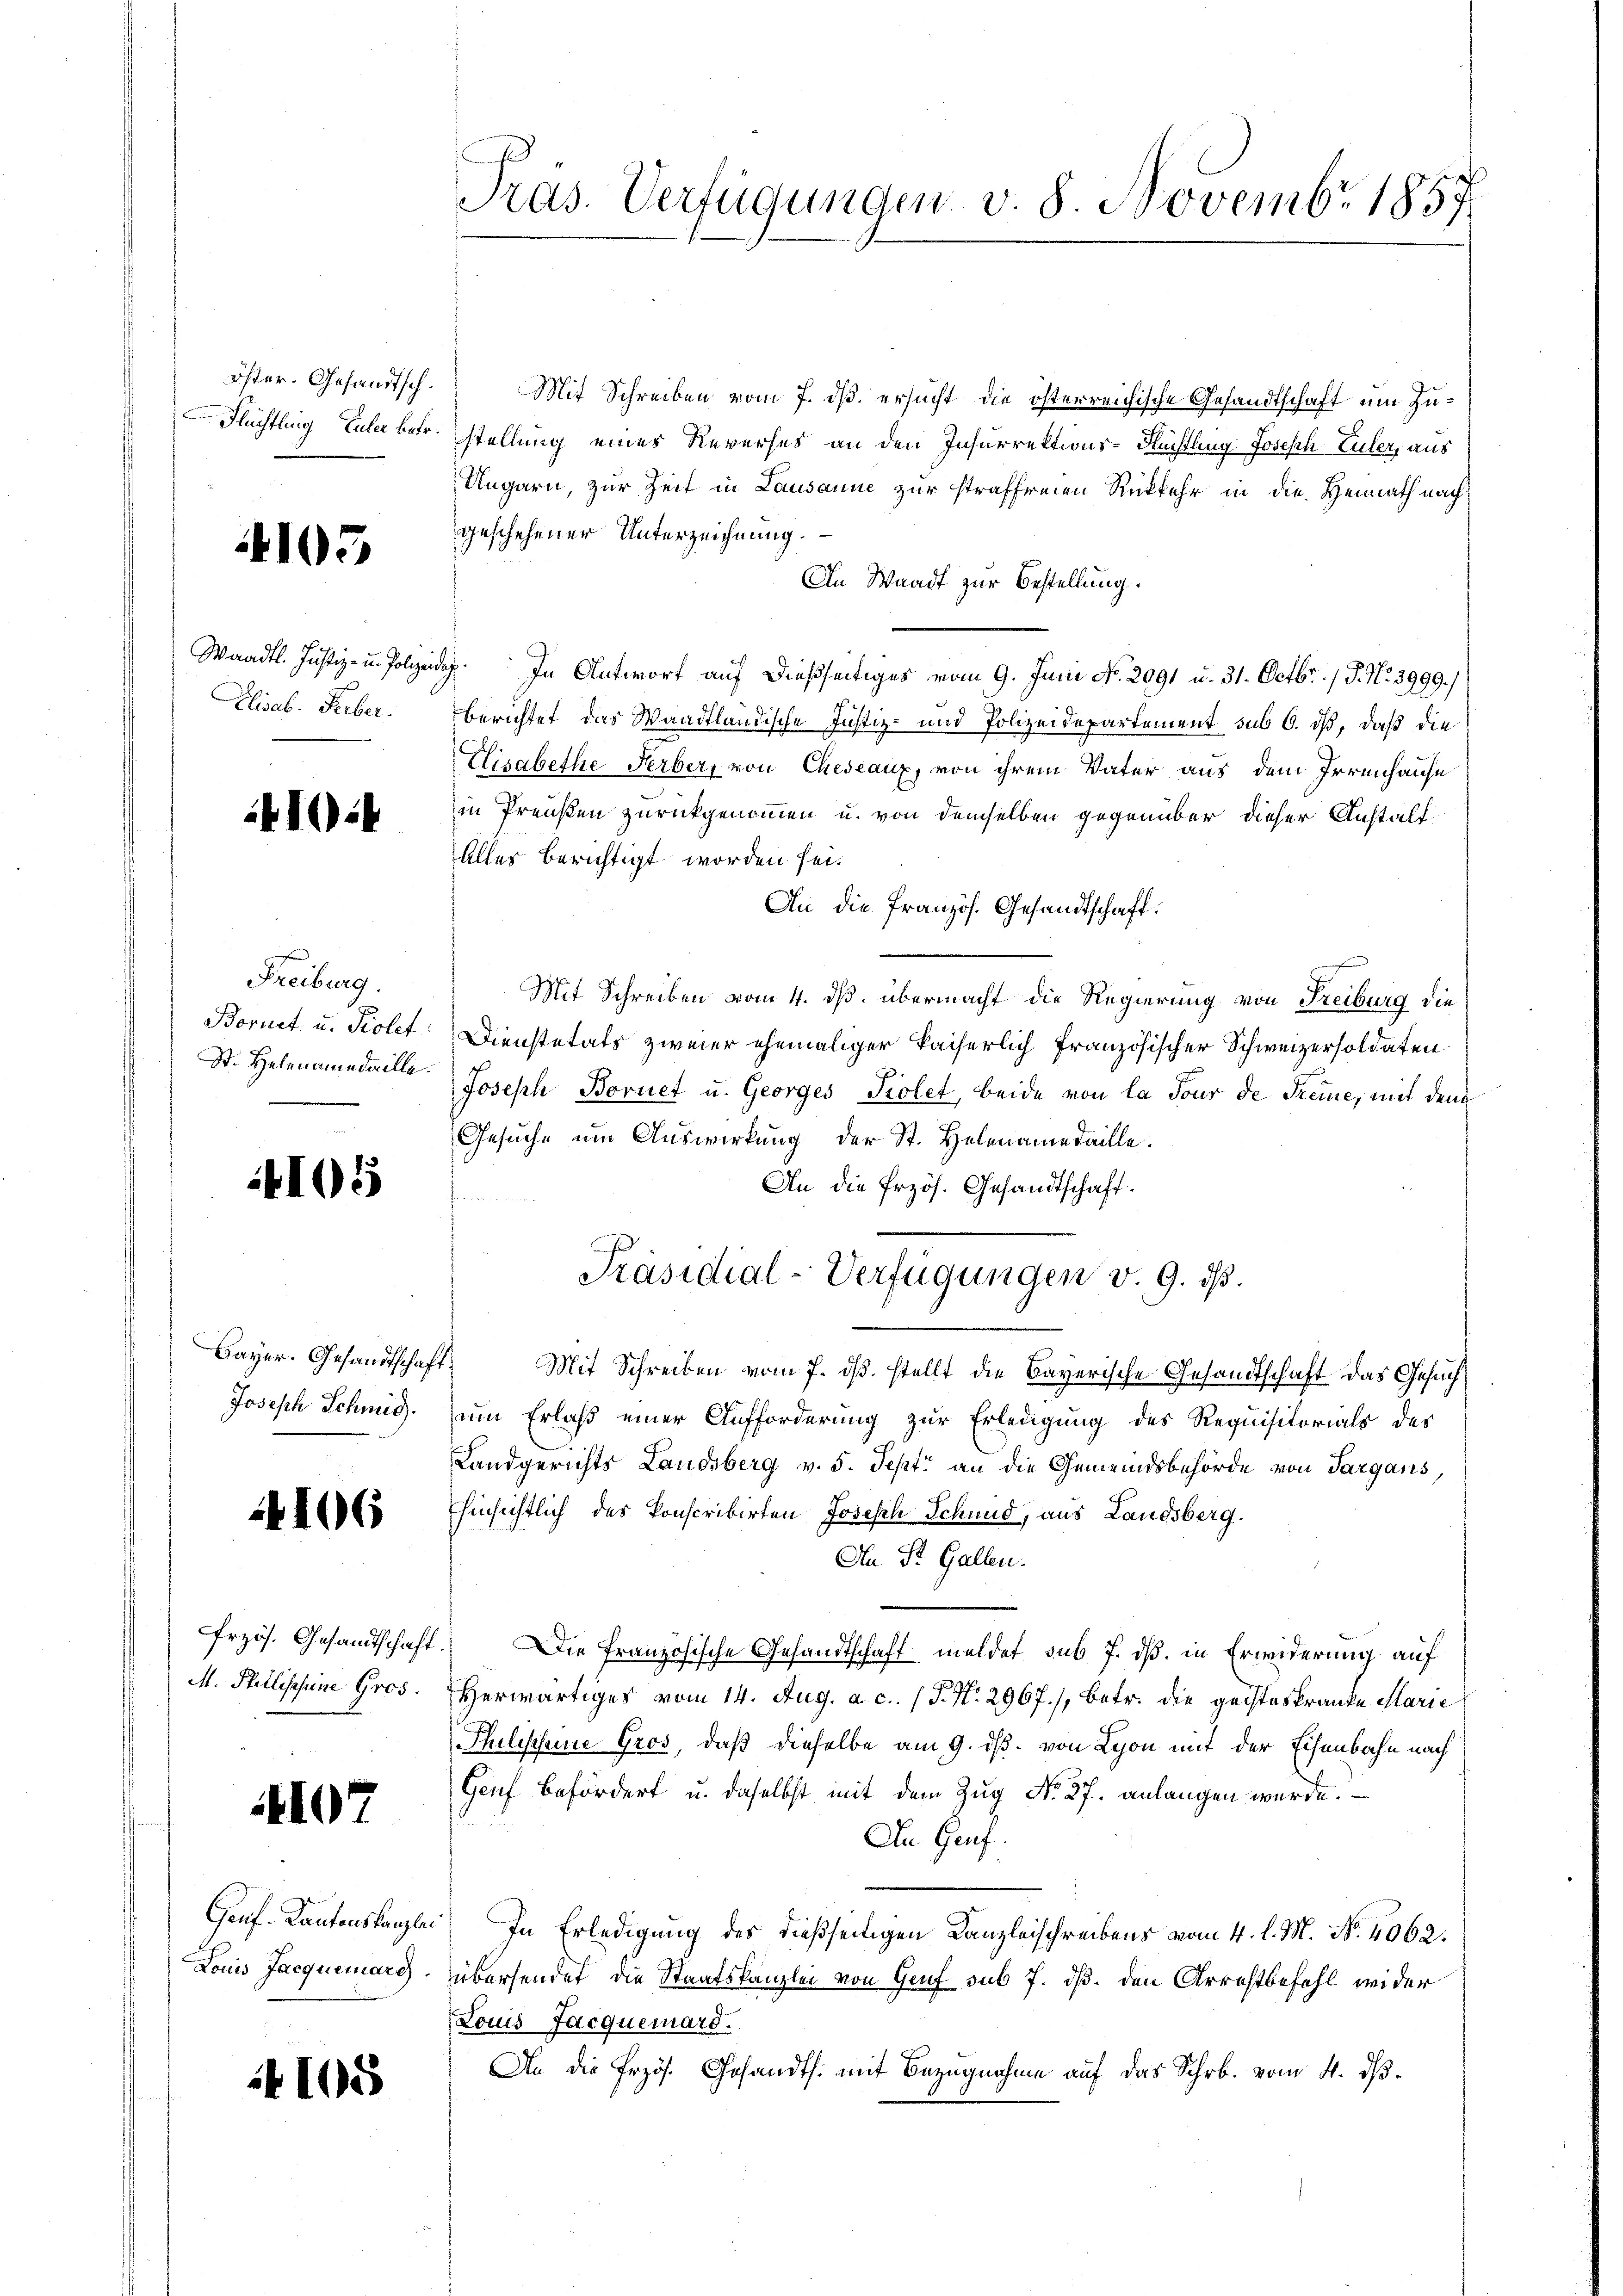
öster. Gesandtsch.
Flüchtling Euler betr.

103

Waadt. Justiz- u. Polize
Elisab. Feber.

41024

Freiburg.
Bornet u. Piolet.
St. Helenamedaille.

4105

Bayer. Gesandtschaft
Joseph Schmid.

106

frzös. Gesandtschaft
M. Philischeine Gros

4107

Ganf-Kantonskanzlei
Louis Jacquerarg

4105

Pras. Verfügungen v. 8 Novemb. 1857

Mit Schreiben vom 7. ds. ersucht die österreichische Gesandtschaft um Zustellung eines Reverses an den Insurrektions-Flüchtling Joseph Zuler, aus
Ungarn, zur Zeit in Lausanne zur straffreien Rückkehr in die Heimath nach
geschehener Unterzeichnung.
An Waadt zur Bestellung.
E. In Antwort auf dießseitiges vom 9. Juni No. 2091 u. 31. Octbr. / P. Nr. 3999.)
Berichtet das Waadtländische Justiz- und Polizeidepartement sub 6. dß, daß die
Elisabethe Ferber, von Cheseaux, von ihrem Vater aus dem Irrenhause
in Preußen zurückgenommen u. von demselben gegenüber dieser Anstalt
Alles berichtigt worden sei.
An die Französ. Gesandtschaft.
Mit Schreiben vom 4. ds. übermacht die Regierung von Freiburg die
Dienstetats zweier ehemaliger kaiserlich französischer Schweizersoldaten
Joseph Bornet u. Georges Violet, beide von la Tour de Freude, mit dem
Gesuche um Auswirkung der St. Helenamedaille.
An die Erzös. Gesandtschaft.
Präsidial-Verfügungen v. 9. ds.
.
Mit Schreiben vom 7. ds. stellt die Bayerische Gesandtschaft das Gesuch
um Erlaß einer Aufforderung zur Erledigung des Requisitorials des
Landgerichts Landsberg v. 5. Sept an die Gemeindsbehörde von Sargans
hinsichtlich des konscribirten Joseph Schend, aus Landsberg.
An St. Gallen.
Die Französische Gesandtschaft meldet sub 7. dß. in Erwiderung auf
Herwärtiges vom 14. Aug. a. c. (T. N. 2967./, betr. die geisteskranke Marie
Philischeine Gros, daß dieselbe am 9. dß. von Lyon mit der Eisenbahn nach
Genf befördert u. daselbst mit dem Zug No. 27. anlangen wurde.
Da Gauf.
In Erledigung des dießseitigen Kanzleischreibens vom 4. l. M. No. 4062.
übersendet die Staatskanzlei von Genf sub 7. ds. den Arrestbefehl wider
Louis Jacquerard.
An die Erzös. Gesandts. mit Bezugnahme auf das Schrb. vom 4. dβ.